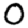
Digit: 0